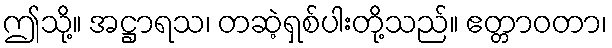
ဤသို့။ အဋ္ဌာရသ၊ တဆဲ့ရှစ်ပါးတို့သည်။ ဧတ္တာဝတာ၊